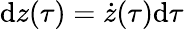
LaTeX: \mathrm{d}{z(\tau)}=\dot{{z}}(\tau)\mathrm{d}{\tau}